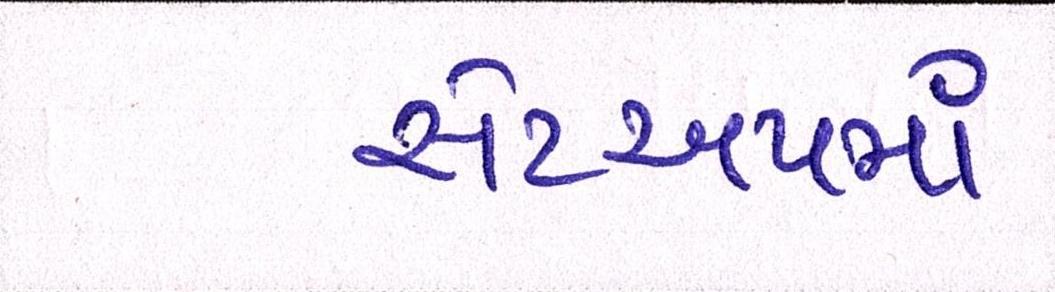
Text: સેટઅપમાં